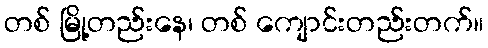
တစ် မြို့တည်းနေ၊ တစ် ကျောင်းတည်းတက်။